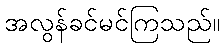
အလွန်ခင်မင်ကြသည်။